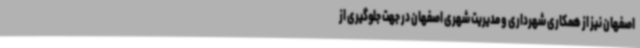
اصفهان نیز از همکاری شهرداری و مدیریت شهری اصفهان در جهت جلوگیری از